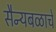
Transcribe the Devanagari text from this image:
सैन्यबळाचे